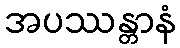
အပဿန္တာနံ